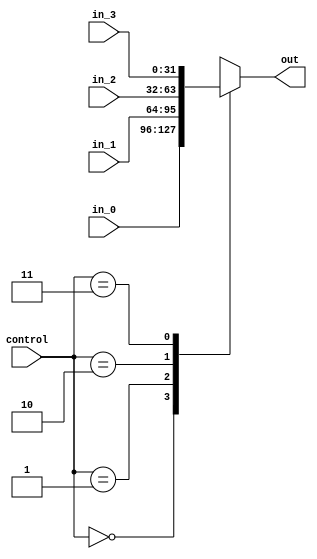
module mux4(in_0, in_1, in_2, in_3, control, out);
	input wire [31:0] in_0, in_1, in_2, in_3;
	input wire [1:0] control;
	output reg [31:0] out;
	
	always@(control) begin
		case(control)
			2'b00: out = in_0;
			2'b01: out = in_1;
			2'b10: out = in_2;
			2'b11: out = in_3;
		endcase
	end
endmodule